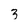
Character: 3